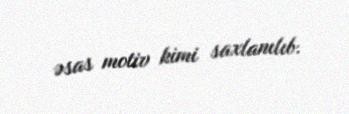
əsas motiv kimi saxlanılıb.